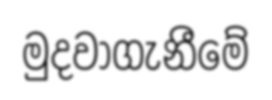
මුදවාගැනීමේ